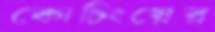
কোচিংয়ের